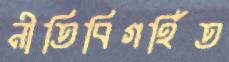
নীতিবিগর্হিত